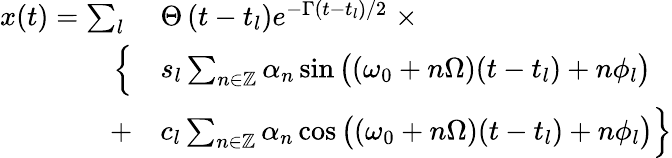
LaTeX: \begin{array}{rl}{x(t)=\sum_{l}\; }&{{}\Theta\left(t-t_{l}\right)e^{-\Gamma\left(t-t_{l}\right)/2}\; \times}\\ {\Big\{ }&{{}s_{l}\sum_{n\in\mathbb{Z}}\alpha_{n}\sin\big((\omega_{0}+n\Omega)(t-t_{l})+n\phi_{l}\big)}\\ {+}&{{}c_{l}\sum_{n\in\mathbb{Z}}\alpha_{n}\cos\big((\omega_{0}+n\Omega)(t-t_{l})+n\phi_{l}\big)\Big\} }\end{array}